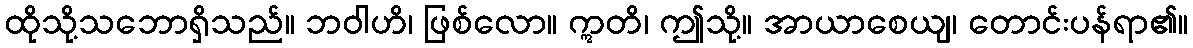
ထိုသို့သဘောရှိသည်။ ဘဝါဟိ၊ ဖြစ်လော။ ဣတိ၊ ဤသို့။ အာယာစေယျ၊ တောင်းပန်ရာ၏။